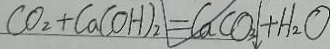
C O _ { 2 } + C a ( O H ) _ { 2 } = C a C O _ { 3 } \downarrow + H _ { 2 } O